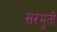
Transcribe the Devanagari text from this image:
सरमुती